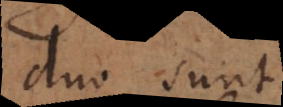
duo sunt